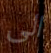
الى